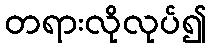
တရားလိုလုပ်၍